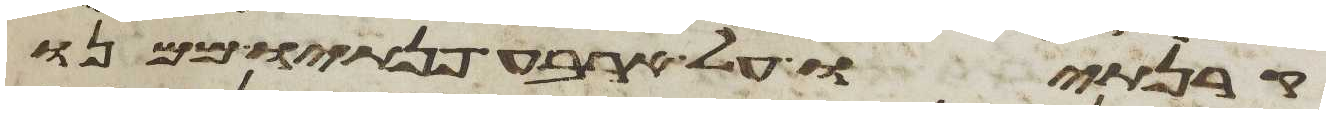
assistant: קרנתיו על ארבע פנתיו ממנו